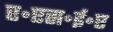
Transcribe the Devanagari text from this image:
ए॰एस॰ई॰ए